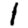
Digit: 1